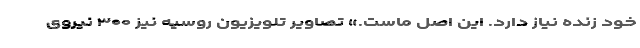
خود زنده نیاز دارد. این اصل ماست.» تصاویر تلویزیون روسیه نیز ۳۰۰ نیروی